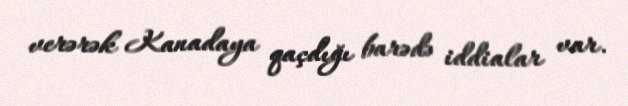
verərək Kanadaya qaçdığı barədə iddialar var.